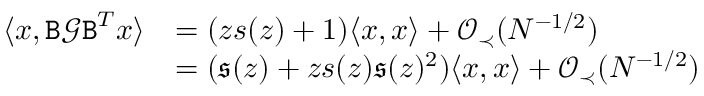
\begin{array} { r l } { \langle { \boldsymbol x } , { \texttt B } { \mathcal G } { \texttt B } ^ { T } { \boldsymbol x } \rangle } & { = ( z s ( z ) + 1 ) \langle { \boldsymbol x } , { \boldsymbol x } \rangle + { \mathcal O } _ { \prec } ( N ^ { - 1 / 2 } ) } \\ & { = ( \mathfrak { s } ( z ) + z s ( z ) \mathfrak { s } ( z ) ^ { 2 } ) \langle { \boldsymbol x } , { \boldsymbol x } \rangle + { \mathcal O } _ { \prec } ( N ^ { - 1 / 2 } ) } \end{array}